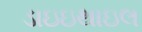
ડાઇઇથાઇલ